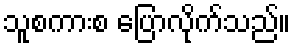
သူစကားစ ပြောလိုက်သည်။